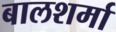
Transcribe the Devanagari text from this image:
बालशर्मा